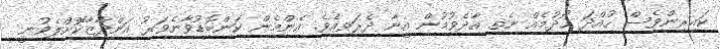
ކައިރިންވެސް ހުއްދަ ހޯދުމެއް ނެތި އާދެވުމުން އީނާ ދެރަވިއެވެ. އެންމެން ކަންބޮޑުވާނެވަރު އަންދާޒާކޮށްލެވުނީ